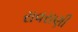
રાવરાણી